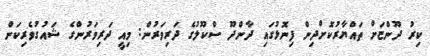
ކިރު ދޫންޏަށް ތައްޔާރުކޮށްދިން ފިނޮޅުގައި ދާންދޫ ސްކޫލުގެ ދަރިވަރުން: މިއީ ދަރިވަރުންގެ ޝައުގުވެރިކަން